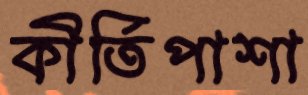
কীর্তিপাশা